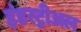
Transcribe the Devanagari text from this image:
इंडस्ट्रीअल